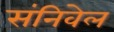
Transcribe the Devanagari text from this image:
संनिवेल